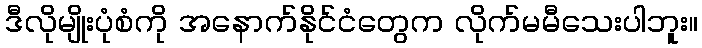
ဒီလိုမျိုးပုံစံကို အနောက်နိုင်ငံတွေက လိုက်မမီသေးပါဘူး။